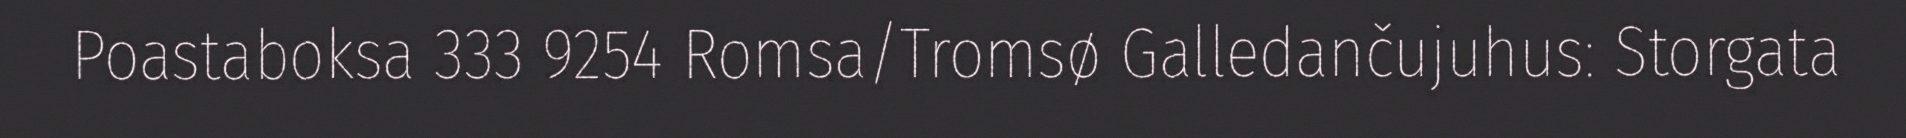
Poastaboksa 333 9254 Romsa/Tromsø Galledančujuhus: Storgata